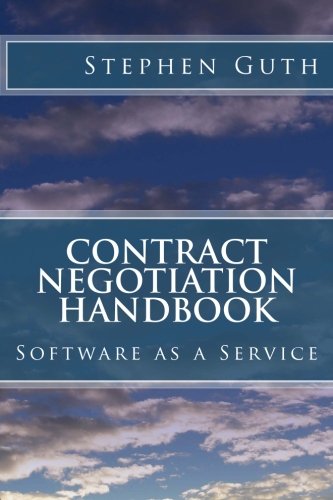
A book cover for Contract Negotiation Handbook: Software as a Service; Stephen Guth; Business & Money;